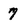
Character: 7